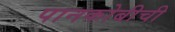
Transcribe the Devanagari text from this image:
पानकोबीची